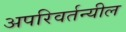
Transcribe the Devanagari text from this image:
अपरिवर्तन्यील